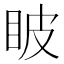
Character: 𥅗